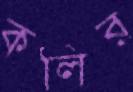
কলির